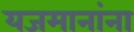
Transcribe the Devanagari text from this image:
यजमानांना